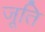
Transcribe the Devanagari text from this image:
जूति